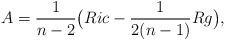
LaTeX: \begin{align*} A = \frac{1}{n-2} \big( Ric - \frac{1}{2(n-1)} R g \big),\end{align*}